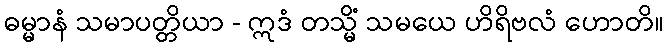
ဓမ္မာနံ သမာပတ္တိယာ - ဣဒံ တသ္မိံ သမယေ ဟိရိဗလံ ဟောတိ။